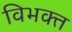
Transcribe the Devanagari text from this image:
विभक्‍त